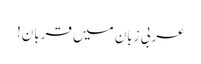
عربی زبان میں قربان!